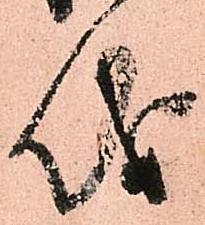
儀